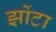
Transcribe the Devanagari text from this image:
झोंटा